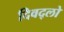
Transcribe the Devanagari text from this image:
दिवद्लो